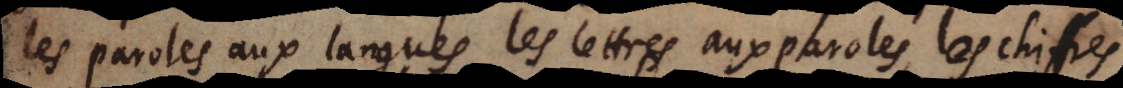
les paroles aux langues les lettres aux paroles les chiffres